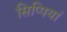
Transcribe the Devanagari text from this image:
सिप्पियां